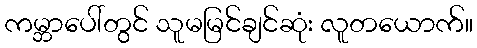
ကမ္ဘာပေါ်တွင် သူမမြင်ချင်ဆုံး လူတယောက်။